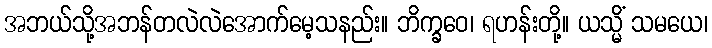
အဘယ်သို့အဘန်တလဲလဲအောက်မေ့သနည်း။ ဘိက္ခဝေ၊ ရဟန်းတို့။ ယသ္မိံ သမယေ၊